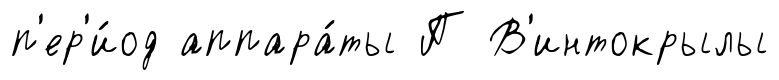
п'ер'и́од аппара́ты П В'интокрылы